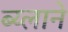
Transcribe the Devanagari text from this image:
ब्य्लाने